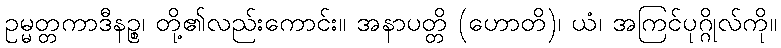
ဥမ္မတ္တကာဒီနဉ္စ၊ တို့၏လည်းကောင်း။ အနာပတ္တိ (ဟောတိ)၊ ယံ၊ အကြင်ပုဂ္ဂိုလ်ကို။